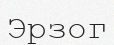
Эрзог